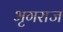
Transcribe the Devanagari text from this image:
भृगराज